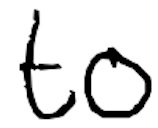
Text: to
Cross-out: clean
Writing tool: digital_black